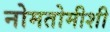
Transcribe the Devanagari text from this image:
नोमतोमीशी